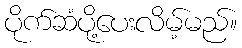
ပိုက်ဆံပို့ပေးလိမ့်မည်။